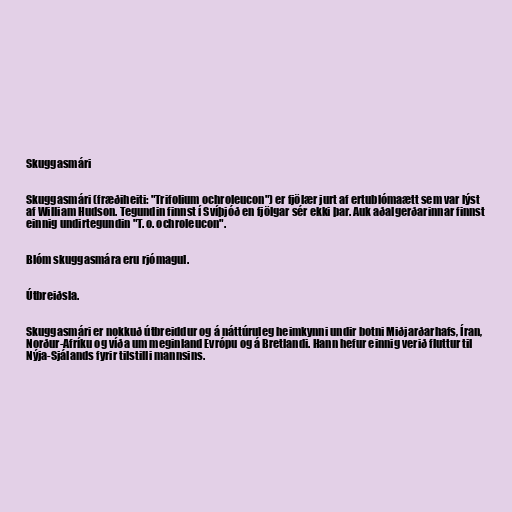
Skuggasmári

Skuggasmári (fræðiheiti: "Trifolium ochroleucon") er fjölær jurt af ertublómaætt sem var lýst
af William Hudson. Tegundin finnst í Svíþjóð en fjölgar sér ekki þar. Auk aðalgerðarinnar finnst
einnig undirtegundin "T. o. ochroleucon".

Blóm skuggasmára eru rjómagul.

Útbreiðsla.

Skuggasmári er nokkuð útbreiddur og á náttúruleg heimkynni undir botni Miðjarðarhafs, Íran,
Norður-Afríku og víða um meginland Evrópu og á Bretlandi. Hann hefur einnig verið fluttur til
Nýja-Sjálands fyrir tilstilli mannsins.